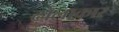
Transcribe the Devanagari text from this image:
ढ़ोलाकार